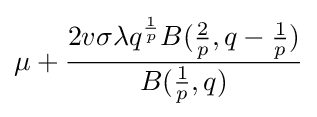
\mu +{\frac {2v\sigma \lambda q^{\frac {1}{p}}B({\frac {2}{p}},q-{\frac {1}{p}})}{B({\frac {1}{p}},q)}}